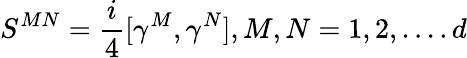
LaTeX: S^{MN}={\frac{i}{4}}[\gamma^{M},\gamma^{N}],M,N=1,2,....d